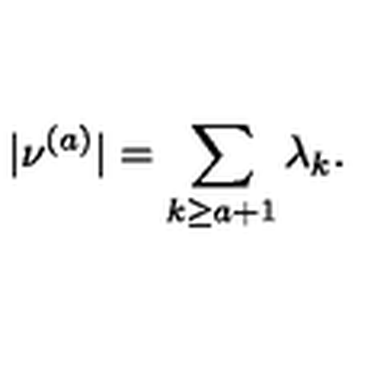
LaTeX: | \nu ^ { ( a ) } | = \sum _ { k \geq a + 1 } \lambda _ { k } .